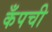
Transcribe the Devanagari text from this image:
कँपची